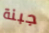
جبنة